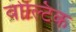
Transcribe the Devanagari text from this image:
वोल्टिक